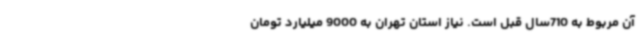
آن مربوط به 710سال قبل است. نیاز استان تهران به 9000 میلیارد تومان